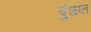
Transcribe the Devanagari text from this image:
बुंधांत